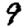
Digit: 9